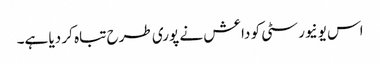
اس یونیورسٹی کو داعش نے پوری طرح تباہ کر دیا ہے۔